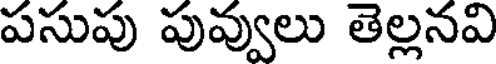
పసుపు పువ్వులు తెల్లనవి